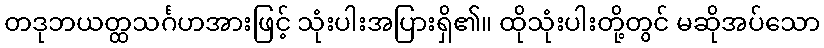
တဒုဘယတ္ထသင်္ဂဟအားဖြင့် သုံးပါးအပြားရှိ၏။ ထိုသုံးပါးတို့တွင် မဆိုအပ်သော